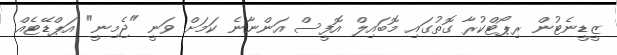
ޒީޑީނެޓުން ރިޕޯޓްކުރާ ގޮތުގައި މޮބައިލް އޮފީސް އަންނާނެ ކަމަށް ވަނީ "ޖެމިނީ" އަޕްޑޭޓެއް